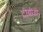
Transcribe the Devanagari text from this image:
टीबीडी